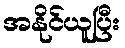
အနိုင်ယူပြီး